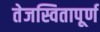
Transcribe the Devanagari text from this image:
तेजस्वितापूर्ण